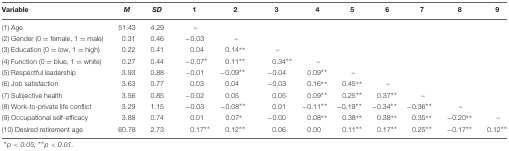
<table><thead><tr><td><b>Variable</b></td><td><b><i>M</i></b></td><td><b><i>SD</i></b></td><td><b>1</b></td><td><b>2</b></td><td><b>3</b></td><td><b>4</b></td><td><b>5</b></td><td><b>6</b></td><td><b>7</b></td><td><b>8</b></td><td><b>9</b></td></tr></thead><tbody><tr><td>(1) Age</td><td>51.43</td><td>4.29</td><td>–</td><td></td><td></td><td></td><td></td><td></td><td></td><td></td><td></td></tr><tr><td>(2) Gender (0 = female, 1 = male)</td><td>0.31</td><td>0.46</td><td>-0.03</td><td>–</td><td></td><td></td><td></td><td></td><td></td><td></td><td></td></tr><tr><td>(3) Education (0 = low, 1 = high)</td><td>0.22</td><td>0.41</td><td>0.04</td><td>0.14<sup>∗∗</sup></td><td>–</td><td></td><td></td><td></td><td></td><td></td><td></td></tr><tr><td>(4) Function (0 = blue, 1 = white)</td><td>0.27</td><td>0.44</td><td>-0.07<sup>∗</sup></td><td>0.11<sup>∗∗</sup></td><td>0.34<sup>∗∗</sup></td><td>–</td><td></td><td></td><td></td><td></td><td></td></tr><tr><td>(5) Respectful leadership</td><td>3.93</td><td>0.88</td><td>-0.01</td><td>-0.09<sup>∗∗</sup></td><td>-0.04</td><td>0.09<sup>∗∗</sup></td><td>–</td><td></td><td></td><td></td><td></td></tr><tr><td>(6) Job satisfaction</td><td>3.63</td><td>0.77</td><td>0.03</td><td>0.04</td><td>-0.03</td><td>0.16<sup>∗∗</sup></td><td>0.45<sup>∗∗</sup></td><td>–</td><td></td><td></td><td></td></tr><tr><td>(7) Subjective health</td><td>3.56</td><td>0.85</td><td>-0.02</td><td>0.05</td><td>0.05</td><td>0.09<sup>∗∗</sup></td><td>0.25<sup>∗∗</sup></td><td>0.37<sup>∗∗</sup></td><td>–</td><td></td><td></td></tr><tr><td>(8) Work-to-private life conflict</td><td>3.29</td><td>1.15</td><td>-0.03</td><td>-0.08<sup>∗∗</sup></td><td>0.01</td><td>-0.11<sup>∗∗</sup></td><td>-0.19<sup>∗∗</sup></td><td>-0.34<sup>∗∗</sup></td><td>-0.36<sup>∗∗</sup></td><td>–</td><td></td></tr><tr><td>(9) Occupational self-efficacy</td><td>3.88</td><td>0.74</td><td>0.01</td><td>0.07<sup>∗</sup></td><td>-0.00</td><td>0.08<sup>∗∗</sup></td><td>0.38<sup>∗∗</sup></td><td>0.38<sup>∗∗</sup></td><td>0.35<sup>∗∗</sup></td><td>-0.20<sup>∗∗</sup></td><td>–</td></tr><tr><td>(10) Desired retirement age</td><td>60.78</td><td>2.73</td><td>0.17<sup>∗∗</sup></td><td>0.12<sup>∗∗</sup></td><td>0.06</td><td>0.00</td><td>0.11<sup>∗∗</sup></td><td>0.17<sup>∗∗</sup></td><td>0.25<sup>∗∗</sup></td><td>-0.17<sup>∗∗</sup></td><td>0.12<sup>∗∗</sup></td></tr></tbody></table>